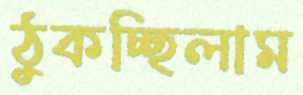
ঠুকচ্ছিলাম